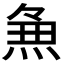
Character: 𭵈